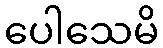
ပေါသေမိ